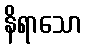
နိရာသော